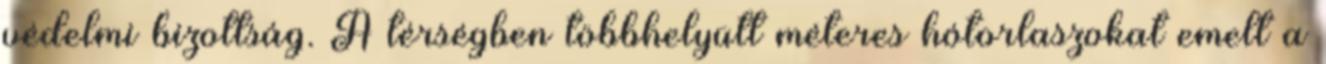
védelmi bizottság. A térségben többhelyütt méteres hótorlaszokat emelt a